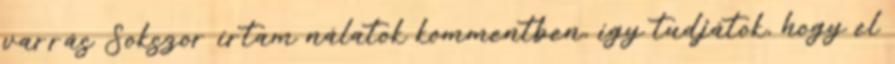
varrás Sokszor írtam nálatok kommentben, így tudjátok, hogy el